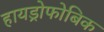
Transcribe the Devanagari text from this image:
हायड्रोफोबिक